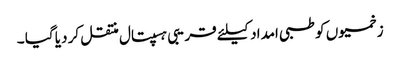
زخمیوں کو طبی امداد کیلئے قریبی ہسپتال منتقل کر دیا گیا ۔